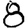
Digit: 8